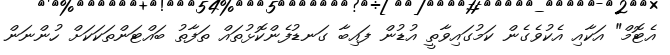
އެޓޮމް" އަކާއި އެކުވެގެން ކަމުގައިވާތީ އުޑުން ފައިބާ ގަނޑުފެންކޮޅުތައް ތަފާތު ބައްޓަންތަކަކަށް ހުންނަން